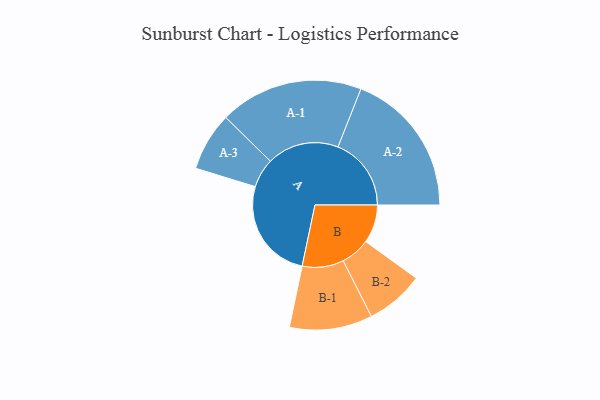
{"axis": {"x": "Segment", "y": "Value"}, "legend": ["", "A", "B"], "data": [{"x": "A", "y": 359, "type": ""}, {"x": "B", "y": 135, "type": ""}, {"x": "A-1", "y": 253, "type": "A"}, {"x": "A-2", "y": 258, "type": "A"}, {"x": "A-3", "y": 103, "type": "A"}, {"x": "B-1", "y": 146, "type": "B"}, {"x": "B-2", "y": 103, "type": "B"}]}